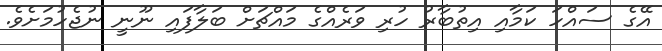
އޭގެ ސައްހަ ކަމާއި އިތުބާރު ހުރި ވަރެއްގެ މައްޗަށް ބަލާފައި ނޫނީ ނުޖެހުމަށެވެ.